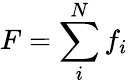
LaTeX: F=\sum_{i}^{N}f_{i}